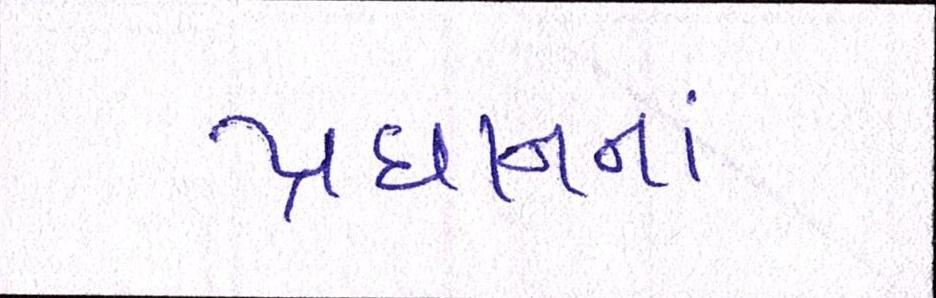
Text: પ્રધાનનાં